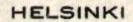
HELSINKI